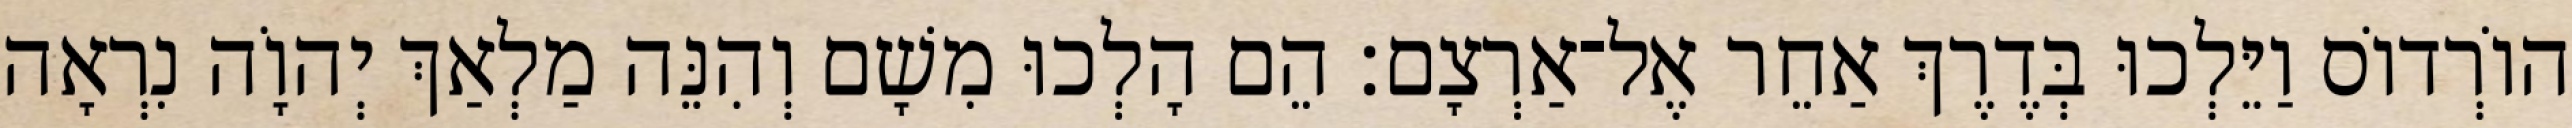
הוֹרְדוֹס וַיֵּלְכוּ בְּדֶרֶךְ אַחֵר אֶל־אַרְצָם׃ הֵם הָלְכוּ מִשָׁם וְהִנֵּה מַלְאַךְ יְהוָֹה נִרְאָה